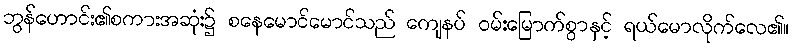
ဘွန်ဟောင်း၏စကားအဆုံး၌ စနေမောင်မောင်သည် ကျေနပ် ဝမ်းမြောက်စွာနှင့် ရယ်မောလိုက်လေ၏။